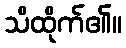
သိထိုက်၏။